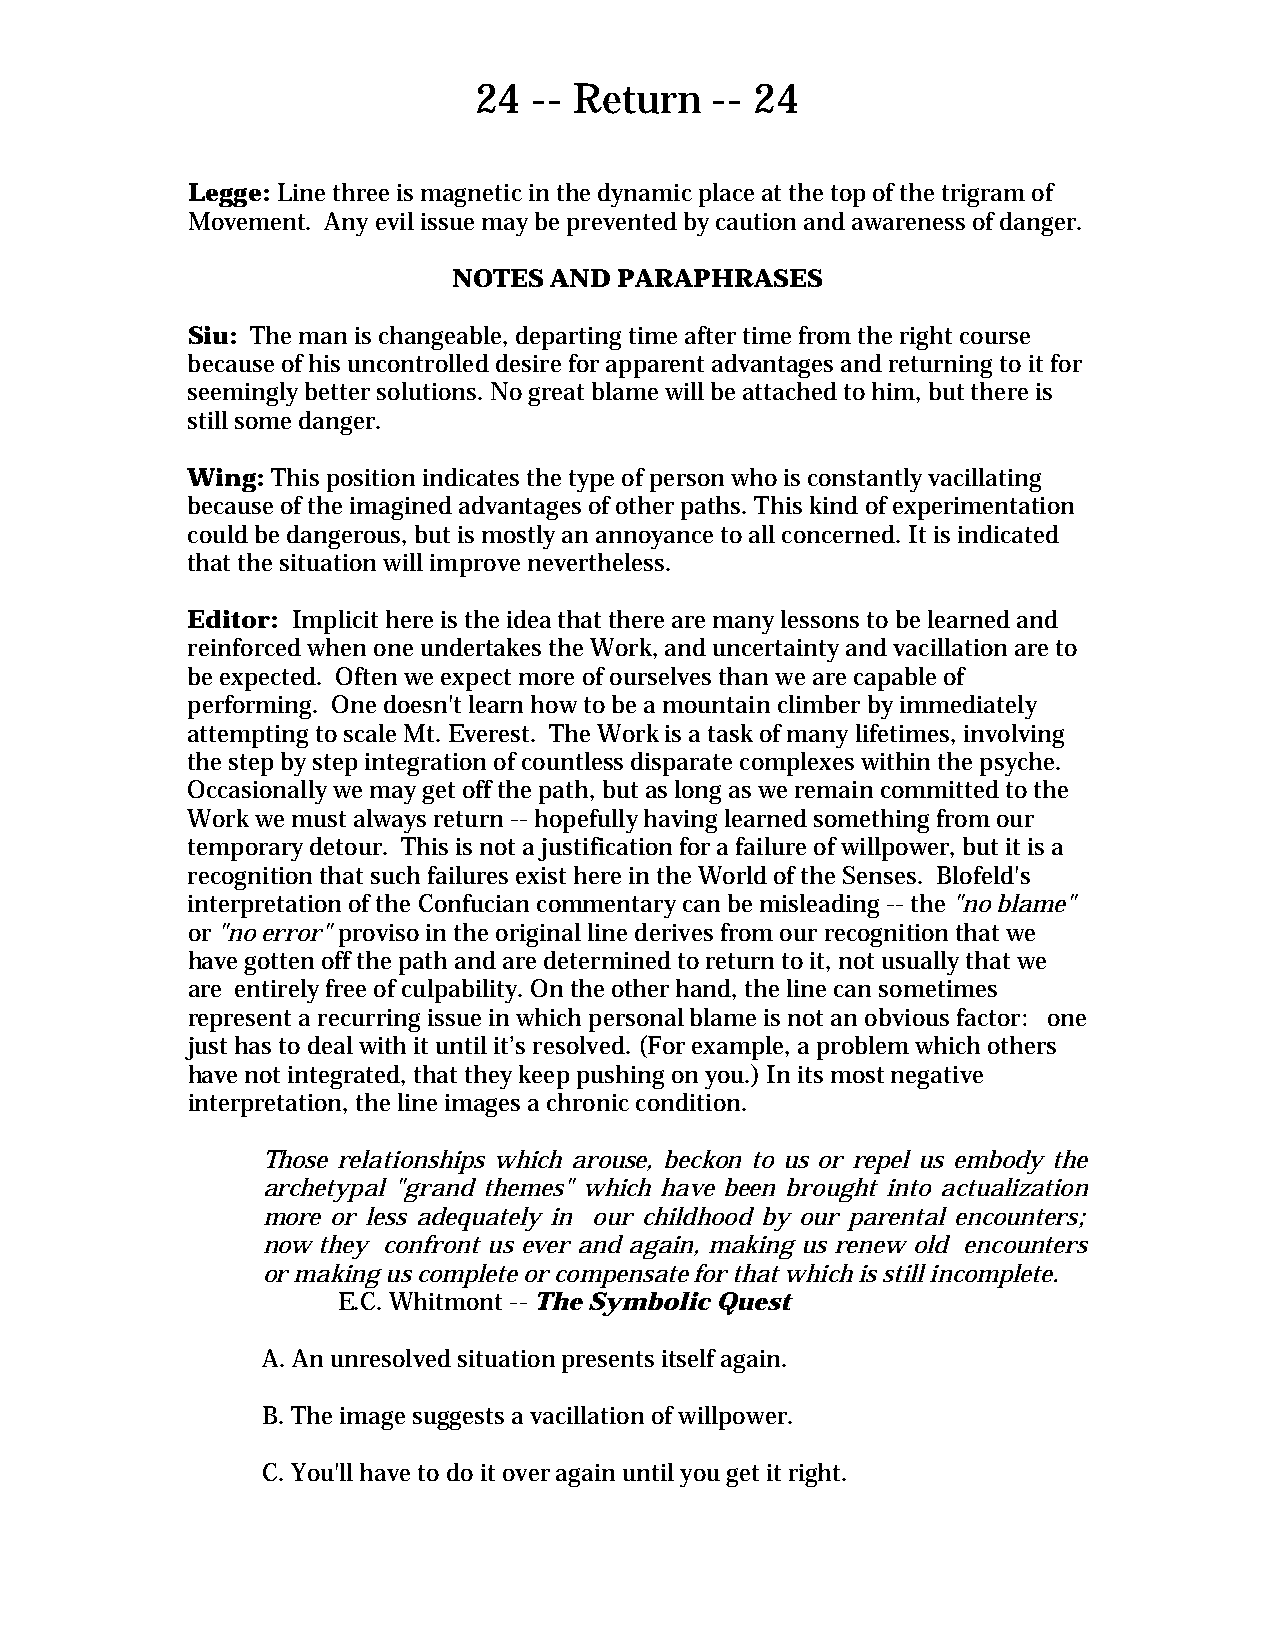
24  -- Return   -- 24
 Legge: Line three is magnetic in the dynamic place at the top of the trigram of
 Movement. Any evil issue may be prevented by caution and awareness of danger.
 NOTES AND  PARAPHRASES
 Siu: The man is changeable, departing time after time from the right course
 because of his uncontrolled desire for apparent advantages and returning to it for
 seemingly better solutions. No great blame will be attached to him, but there is
 still some danger.
 Wing: This position indicates the type of person who is constantly vacillating
 because of the imagined advantages of other paths. This kind of experimentation
 could be dangerous, but is mostly an annoyance to all concerned. It is indicated
 that the situation will improve nevertheless.
 Editor: Implicit here is the idea that there are many lessons to be learned and
 reinforced when one undertakes the Work, and uncertainty and vacillation are to
 be expected. Often we expect more of ourselves than we are capable of
 performing. One doesn't learn how to be a mountain climber by immediately
 attempting to scale Mt. Everest. The Work is a task of many lifetimes, involving
 the step by step integration of countless disparate complexes within the psyche.
 Occasionally we may get off the path, but as long as we remain committed to the
 Work we must always return -- hopefully having learned something from our
 temporary detour. This is not a justification for a failure of willpower, but it is a
 recognition that such failures exist here in the World of the Senses. Blofeld's
 interpretation of the Confucian commentary can be misleading -- the "no blame"
 or "no error" proviso in the original line derives from our recognition that we
 have gotten off the path and are determined to return to it, not usually that we
 are entirely free of culpability. On the other hand, the line can sometimes
 represent a recurring issue in which personal blame is not an obvious factor: one
 just has to deal with it until it’s resolved. (For example, a problem which others
 have not integrated, that they keep pushing on you.) In its most negative
 interpretation, the line images a chronic condition.
 Those relationships which arouse, beckon to us or repel us embody the
 archetypal "grand themes" which have been brought into actualization
 more or less adequately in our childhood by our parental encounters;
 now they confront us ever and again, making us renew old encounters
 or making us complete or compensate for that which is still incomplete.
 E.C. Whitmont -- The Symbolic Quest
 A. An unresolved situation presents itself again.
 B. The image suggests a vacillation of willpower.
 C. You'll have to do it over again until you get it right.